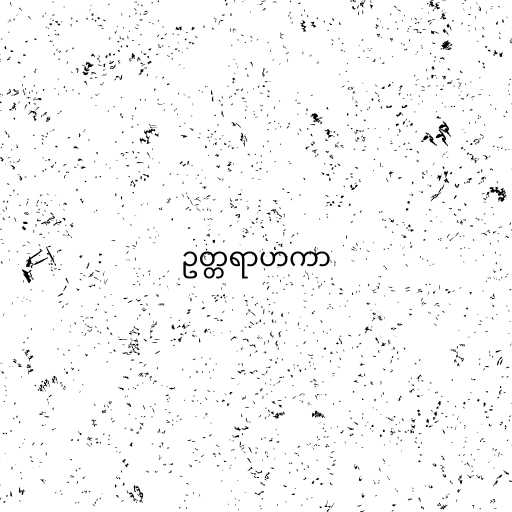
ဥတ္တရာဟကာ